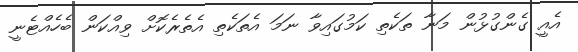
އެއީ ގެންގުޅުން މަނާ ތަކެތި ކަމުގައިވާ ނަމަ އެތަކެތި އެތެރެކޮށް ވިއްކަން ބެހެއްޓެނީ